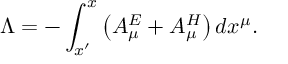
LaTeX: \ \Lambda = - \int _ { x ^ { \prime } } ^ { x } \left( A _ { \mu } ^ { E } + A _ { \mu } ^ { H } \right) d x ^ { \mu } .